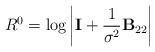
LaTeX: \begin{align*}R^0=\log{\bigg|\mathbf{I}+\frac{1}{\sigma^2}{\mathbf{B}_{22}}\bigg|}\end{align*}